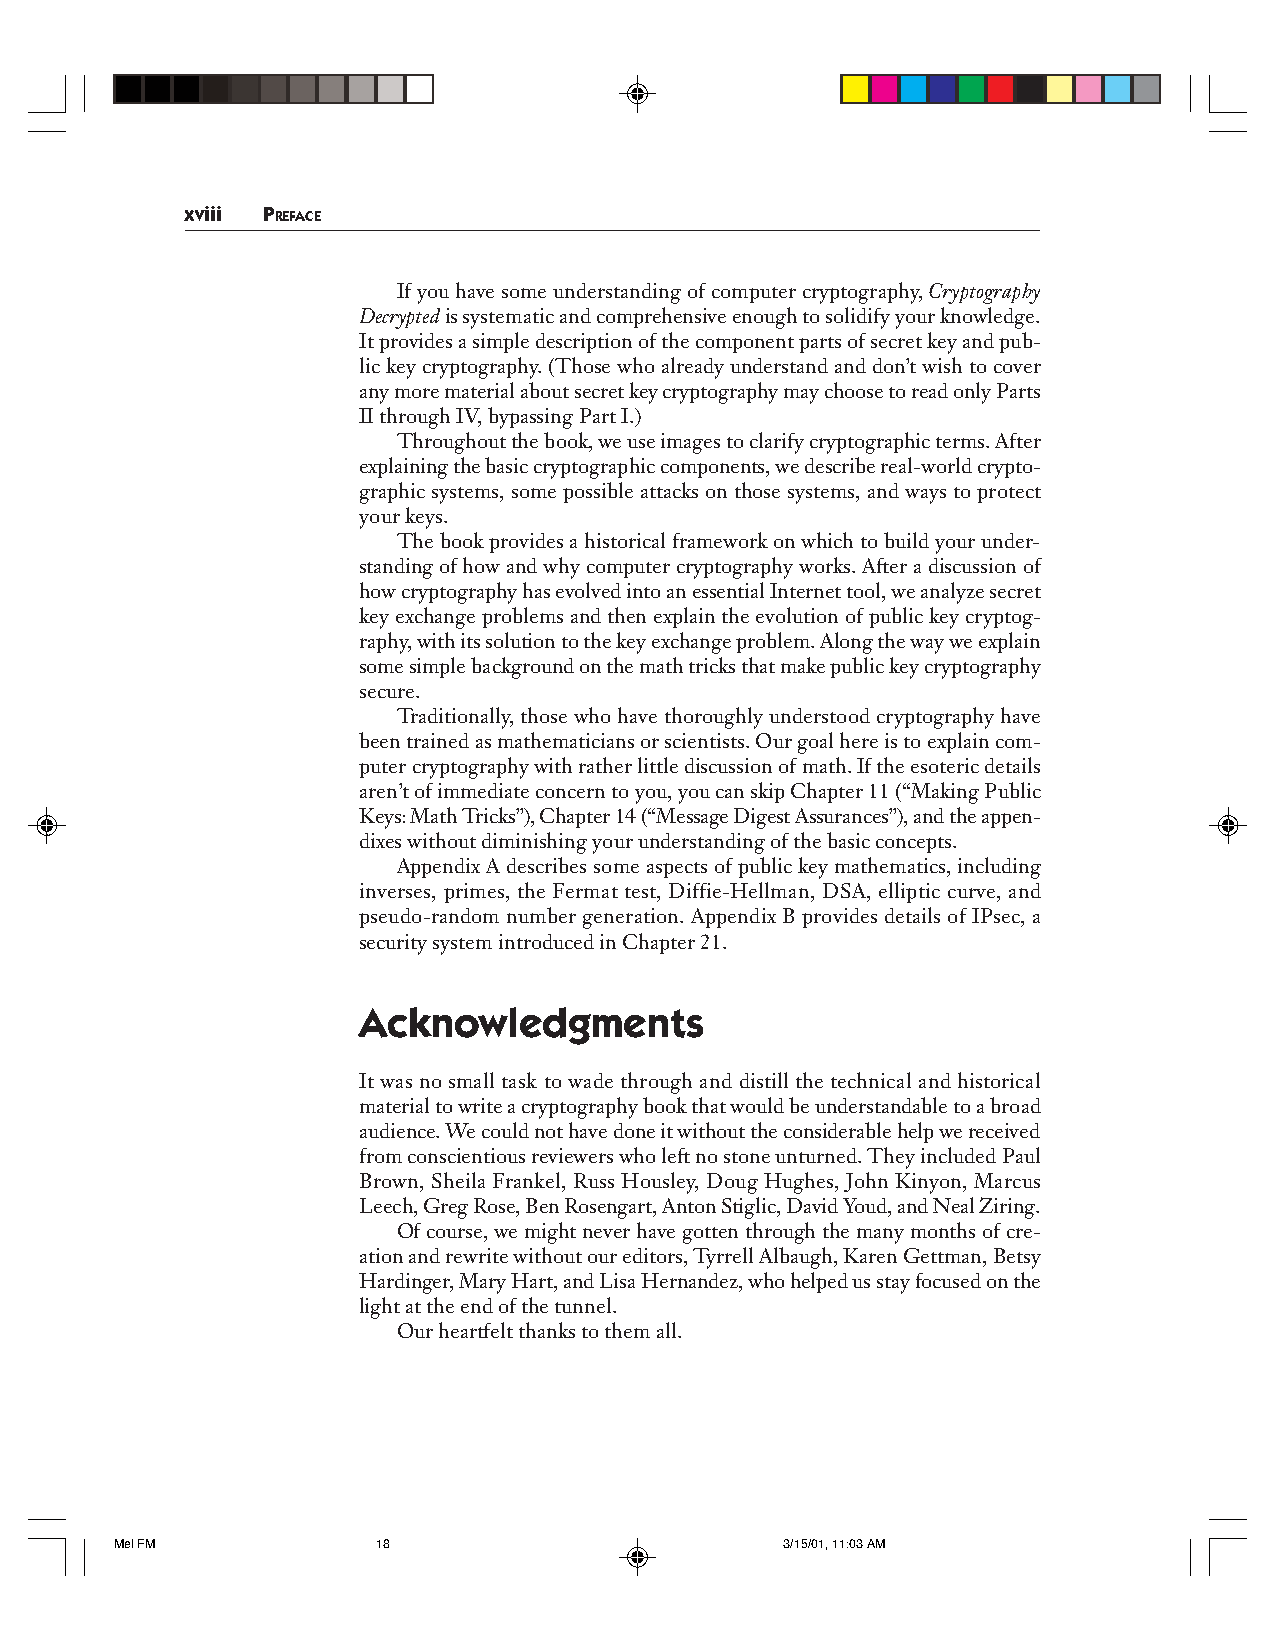
xviii PREFACE
 If you have some understanding of computer cryptography, Cryptography
 Decrypted is systematic and comprehensive enough to solidify your knowledge.
 It provides a simple description of the component parts of secret key and pub-
 lic key cryptography. (Those who already understand and don’t wish to cover
 any more material about secret key cryptography may choose to read only Parts
 II through IV, bypassing Part I.)
 Throughout the book, we use images to clarify cryptographic terms. After
 explaining the basic cryptographic components, we describe real-world crypto-
 graphic systems, some possible attacks on those systems, and ways to protect
 your keys.
 The book provides a historical framework on which to build your under-
 standing of how and why computer cryptography works. After a discussion of
 how cryptography has evolved into an essential Internet tool, we analyze secret
 key exchange problems and then explain the evolution of public key cryptog-
 raphy, with its solution to the key exchange problem. Along the way we explain
 some simple background on the math tricks that make public key cryptography
 secure.
 Traditionally, those who have thoroughly understood cryptography have
 been trained as mathematicians or scientists. Our goal here is to explain com-
 puter cryptography with rather little discussion of math. If the esoteric details
 aren’t of immediate concern to you, you can skip Chapter 11 (“Making Public
 Keys: Math Tricks”), Chapter 14 (“Message Digest Assurances”), and the appen-
 dixes without diminishing your understanding of the basic concepts.
 Appendix A describes some aspects of public key mathematics, including
 inverses, primes, the Fermat test, Diffie-Hellman, DSA, elliptic curve, and
 pseudo-random number generation. Appendix B provides details of IPsec, a
 security system introduced in Chapter 21.
 Acknowledgments
 It was no small task to wade through and distill the technical and historical
 material to write a cryptography book that would be understandable to a broad
 audience. We could not have done it without the considerable help we received
 from conscientious reviewers who left no stone unturned. They included Paul
 Brown, Sheila Frankel, Russ Housley, Doug Hughes, John Kinyon, Marcus
 Leech, Greg Rose, Ben Rosengart, Anton Stiglic, David Youd, and Neal Ziring.
 Of course, we might never have gotten through the many months of cre-
 ation and rewrite without our editors, Tyrrell Albaugh, Karen Gettman, Betsy
 Hardinger, Mary Hart, and Lisa Hernandez, who helped us stay focused on the
 light at the end of the tunnel.
 Our heartfelt thanks to them all.
 Mel FM           18                         3/15/01, 11:03 AM